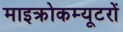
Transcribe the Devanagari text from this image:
माइक्रोकम्यूटरों